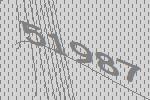
51987